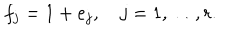
LaTeX: f _ { j } = 1 + e _ { j } , \quad j = 1 , \ldots , r .